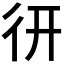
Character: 𢓄